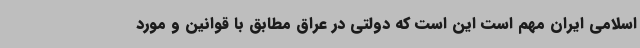
اسلامی ایران مهم است این است که دولتی در عراق مطابق با قوانین و مورد